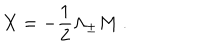
LaTeX: X = { - { \frac { 1 } { 2 } } \Lambda _ { \pm } M ~ . }